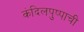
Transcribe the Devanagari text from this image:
कंदिलपुष्पाची